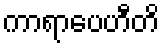
ကာရာပေဟီတိ